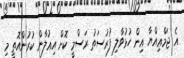
އެ ޖަމްޢިއްޔާ އިން ހުޅުވާލި ފުރުސަތު ރަސްމީ ކޮށް އިޢުލާން ކުރުންއޮތީ މި